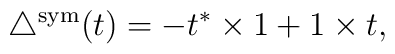
\triangle^{\rm sym} (t) = -t^* \times 1 + 1\times t,